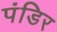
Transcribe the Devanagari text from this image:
पंडिर